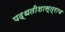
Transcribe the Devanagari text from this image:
पद्धतीशास्त्राच